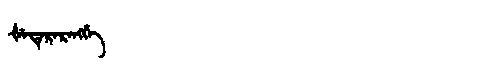
Manchu: ᡧᡝᡨᡝᡵᡝᡵᡝᠩᡤᡝ
Romanization: ŠETERERENGGE